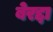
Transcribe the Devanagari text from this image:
बेरद्दा